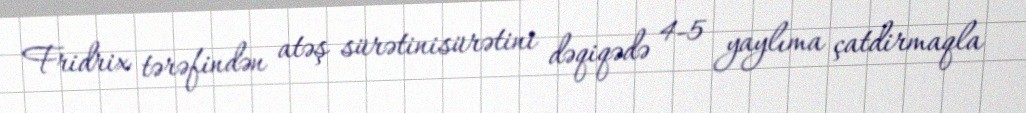
Fridrix tərəfindən atəş sürətinisürətini dəqiqədə 4-5 yaylıma çatdirmaqla